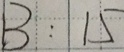
1 3 : 1 5